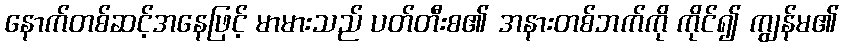
နောက်တစ်ဆင့်အနေဖြင့် မာမားသည် ပတ်တီးစ၏ အနားတစ်ဘက်ကို ကိုင်၍ ကျွန်မ၏